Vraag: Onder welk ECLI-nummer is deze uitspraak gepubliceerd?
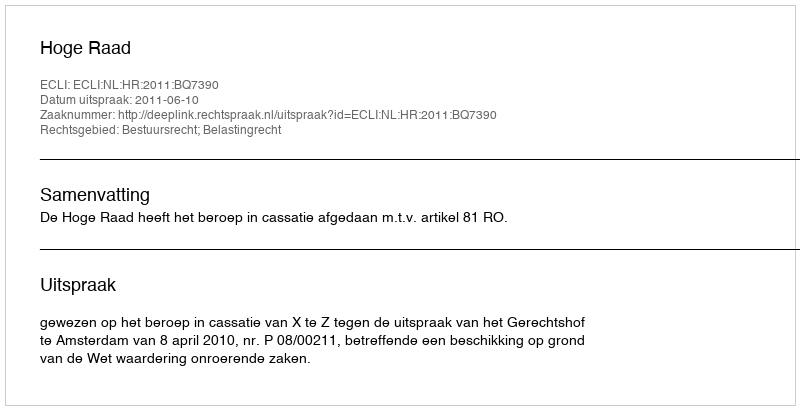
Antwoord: ECLI:NL:HR:2011:BQ7390